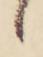
ゝ